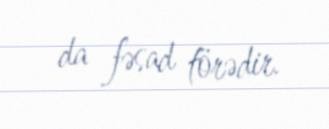
da fəsad törədir.